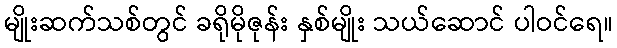
မျိုးဆက်သစ်တွင် ခရိုမိုဇုန်း နှစ်မျိုး သယ်ဆောင် ပါဝင်ရေ။